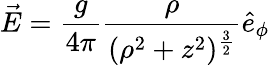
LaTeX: \vec{E}=\frac{g}{4\pi}\frac{\rho}{(\rho^{2}+z^{2})^{\frac{3}{2}}}\hat{e}_{\phi}